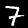
Label: 7